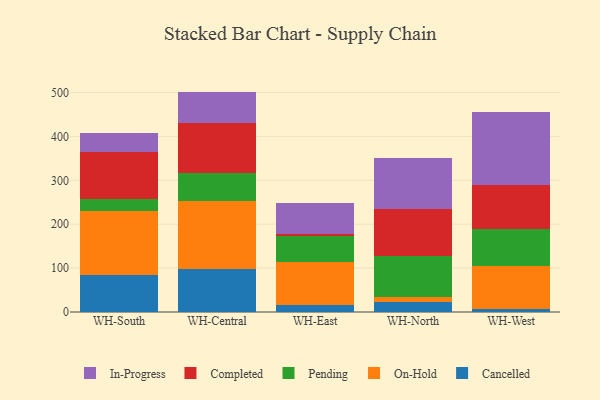
{"axis": {"x": "Warehouse", "y": "Market Share (%)"}, "legend": ["Cancelled", "Completed", "In-Progress", "On-Hold", "Pending"], "data": [{"x": "WH-South", "y": 85.4, "type": "Cancelled"}, {"x": "WH-South", "y": 144.4, "type": "On-Hold"}, {"x": "WH-South", "y": 28.2, "type": "Pending"}, {"x": "WH-South", "y": 106.7, "type": "Completed"}, {"x": "WH-South", "y": 42.3, "type": "In-Progress"}, {"x": "WH-Central", "y": 97.0, "type": "Cancelled"}, {"x": "WH-Central", "y": 155.5, "type": "On-Hold"}, {"x": "WH-Central", "y": 64.3, "type": "Pending"}, {"x": "WH-Central", "y": 114.4, "type": "Completed"}, {"x": "WH-Central", "y": 71.0, "type": "In-Progress"}, {"x": "WH-East", "y": 16.6, "type": "Cancelled"}, {"x": "WH-East", "y": 97.6, "type": "On-Hold"}, {"x": "WH-East", "y": 58.0, "type": "Pending"}, {"x": "WH-East", "y": 6.6, "type": "Completed"}, {"x": "WH-East", "y": 68.7, "type": "In-Progress"}, {"x": "WH-North", "y": 21.8, "type": "Cancelled"}, {"x": "WH-North", "y": 13.5, "type": "On-Hold"}, {"x": "WH-North", "y": 91.8, "type": "Pending"}, {"x": "WH-North", "y": 108.2, "type": "Completed"}, {"x": "WH-North", "y": 114.9, "type": "In-Progress"}, {"x": "WH-West", "y": 7.1, "type": "Cancelled"}, {"x": "WH-West", "y": 98.7, "type": "On-Hold"}, {"x": "WH-West", "y": 83.9, "type": "Pending"}, {"x": "WH-West", "y": 98.9, "type": "Completed"}, {"x": "WH-West", "y": 166.4, "type": "In-Progress"}]}